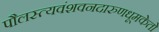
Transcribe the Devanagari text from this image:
पौलस्त्यवंशवनदारुणधूमकेतो